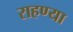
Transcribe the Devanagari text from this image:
राहण्या